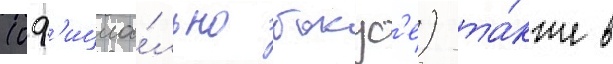
(оф'ициа́льно бокус'е) та́кже в